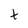
Character: t